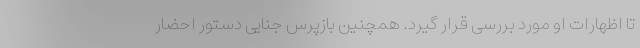
تا اظهارات او مورد بررسی قرار گیرد. همچنین بازپرس جنایی دستور احضار